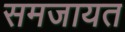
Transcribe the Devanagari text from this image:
समजायत